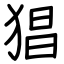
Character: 猖